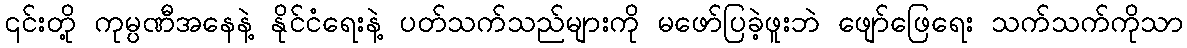
၎င်းတို့ ကုမ္ပဏီအနေနဲ့ နိုင်ငံရေးနဲ့ ပတ်သက်သည်များကို မဖော်ပြခဲ့ဖူးဘဲ ဖျော်ဖြေရေး သက်သက်ကိုသာ